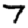
Digit: 7